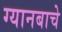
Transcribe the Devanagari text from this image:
ग्यानबाचे